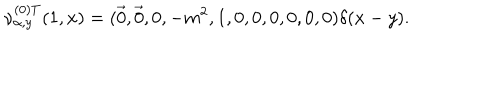
LaTeX: \nu _ { \alpha , y } ^ { ( 0 ) T } ( 1 , x ) = ( \vec { 0 } , \vec { 0 } , 0 , - m ^ { 2 } , 1 , 0 , 0 , 0 , 0 , 0 , 0 ) \delta ( x - y ) .